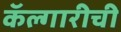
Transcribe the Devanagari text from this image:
कॅल्गारीची